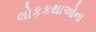
લોકકથાઓના